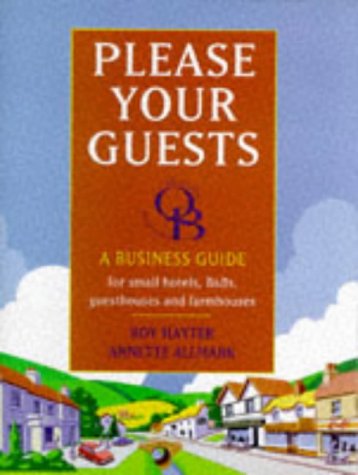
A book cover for Please Your Guests: Hospitality Training Foundation; Roy Hayter; Travel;